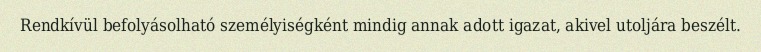
Rendkívül befolyásolható személyiségként mindig annak adott igazat, akivel utoljára beszélt.